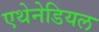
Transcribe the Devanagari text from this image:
एथेनेडियल